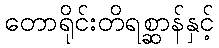
တောရိုင်းတိရစ္ဆာန်နှင့်